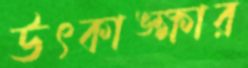
উৎকাঙ্ক্ষার